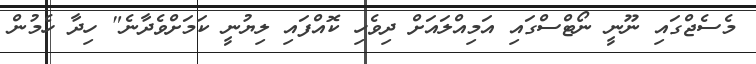
މެސެޖްގައި ނޫނީ ނޯޓްސްގައި އަމިއްލައަށް ދިވެހި ކޮއްފައި ލިޔުނީ ކަމަށްވެދާނެ" ހިދާ ހެމުން